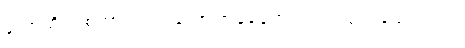
ဘော်ဆိုတဲ့ စကားလုံးကတော့ အခုခေတ်လည်း သုံးပါသေးတယ်။